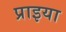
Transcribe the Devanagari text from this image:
प्राइया